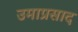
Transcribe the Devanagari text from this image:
उमाप्रसाद